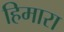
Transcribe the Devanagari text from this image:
हिमारा